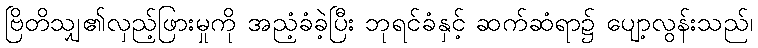
ဗြိတိသျှ၏လှည့်ဖြားမှုကို အညံ့ခံခဲ့ပြီး ဘုရင်ခံနှင့် ဆက်ဆံရာ၌ ပျော့လွန်းသည်၊